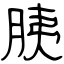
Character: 胰